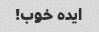
ایده خوب!